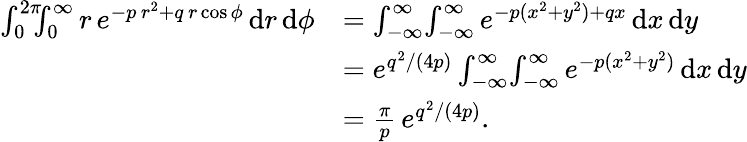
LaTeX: \begin{array}{rl}{\int_{0}^{2\pi}\! \! \! \int_{0}^{\infty}r\, e^{-p\, r^{2}+q\, r\cos\phi}\, \mathrm{d}r\, \mathrm{d}\phi}&{=\int_{-\infty}^{\infty}\! \int_{-\infty}^{\infty}e^{-p(x^{2}+y^{2})+qx}\, \mathrm{d}x\, \mathrm{d}y}\\ &{=e^{q^{2}/(4p)}\int_{-\infty}^{\infty}\! \int_{-\infty}^{\infty}e^{-p(x^{2}+y^{2})}\, \mathrm{d}x\, \mathrm{d}y}\\ &{=\frac{\pi}{p}\, e^{q^{2}/(4p)}.}\end{array}